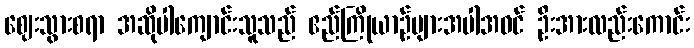
ဈေးသွားစရာ အဆိုပါကျောင်းသူသည် ဧည်ကြိုယာဉ်များအပါအဝင် ဦးအားလည်းကောင်း